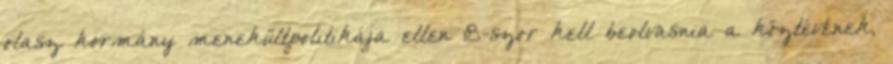
olasz kormány menekültpolitikája ellen 18-szor kell beolvasnia a köztévének,